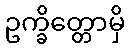
ဥက္ခိတ္တောမှိ